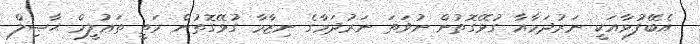
އެބޭފުޅާއަކީ ނަރުދަމާއާ ގުޅޭގޮތުން ނުވަތަ ނަރުދަމާގެ ނިޒާމާ ގުޅޭގޮތުން މަތީ ތަޢުލީމް ޙާޞިލް